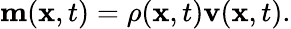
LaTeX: \begin{array}{r}{\mathbf{m}(\mathbf{x},t)=\rho(\mathbf{x},t)\mathbf{v}(\mathbf{x},t).}\end{array}